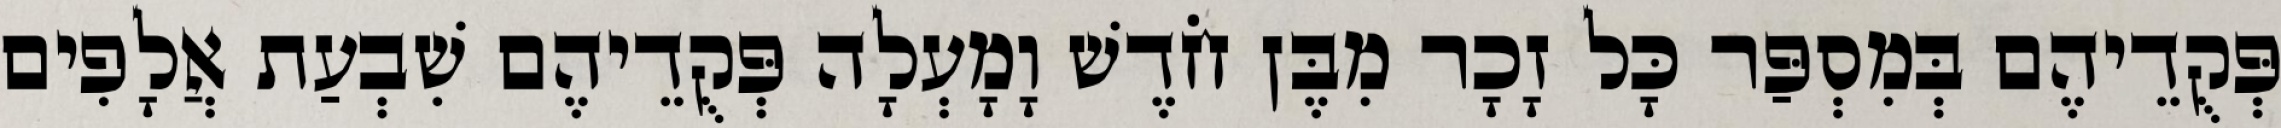
פְּקֻדֵיהֶם בְּמִסְפַּר כָּל זָכָר מִבֶּן חֹדֶשׁ וָמָעְלָה פְּקֻדֵיהֶם שִׁבְעַת אֲלָפִים